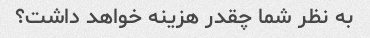
به نظر شما چقدر هزینه خواهد داشت؟